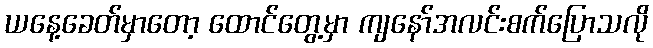
ယနေ့ခေတ်မှာတော့ ထောင်တွေ့မှာ ကျနော်အလင်းစက်ပြောသလို